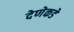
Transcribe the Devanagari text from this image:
देणेकडे